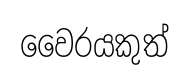
වෛරයකුත්